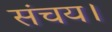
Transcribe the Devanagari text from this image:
संचय।